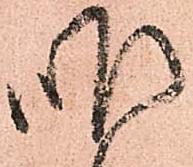
昨